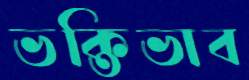
ভক্তিভাব